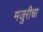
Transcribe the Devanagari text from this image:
मजुरीचा